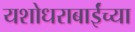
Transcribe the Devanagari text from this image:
यशोधराबाईंच्या